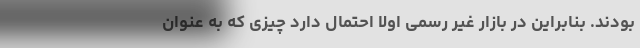
بودند. بنابراین در بازار غیر رسمی اولا احتمال دارد چیزی که به عنوان